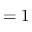
= 1